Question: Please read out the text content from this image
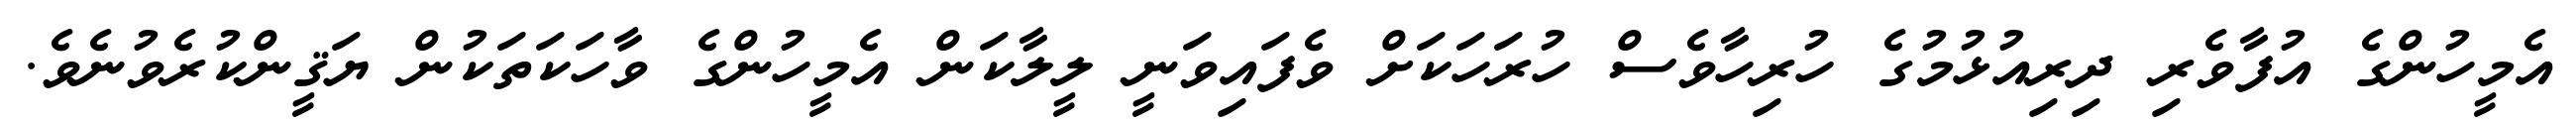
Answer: އެމީހުންގެ އުފާވެރި ދިރިއުޅުމުގެ ހުރިހާވެސް ހުރަހަކަށް ވެފައިވަނީ ލީލާކަން އެމީހުންގެ ވާހަކަތަކުން ޔަޤީންކުރެވުނެވެ.